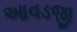
આવડજી